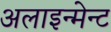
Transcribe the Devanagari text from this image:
अलाइन्मेन्ट